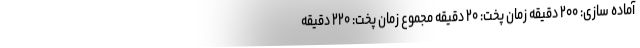
آماده سازی: ۲۰۰ دقیقه زمان پخت: ۲۰ دقیقه مجموع زمان پخت: ۲۲۰ دقیقه